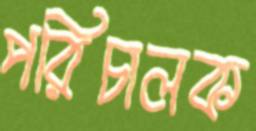
পরিচালক